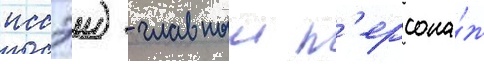
иссэи) - главныи п'ерсона́ж